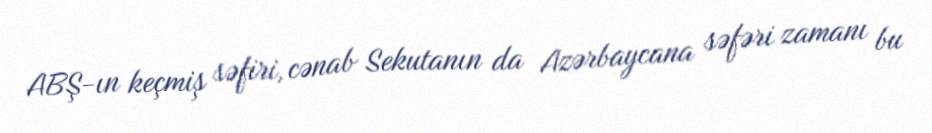
ABŞ-ın keçmiş səfiri, cənab Sekutanın da Azərbaycana səfəri zamanı bu